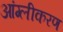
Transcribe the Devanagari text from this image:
आंग्लीकरण